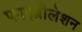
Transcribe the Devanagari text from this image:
फाइब्रीलेशन